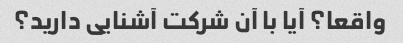
واقعا؟ آیا با آن شرکت آشنایی دارید؟